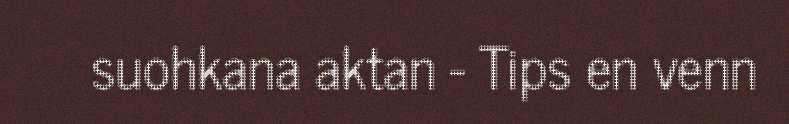
suohkana aktan - Tips en venn